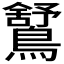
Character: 𪅰